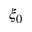
\xi _ { 0 }